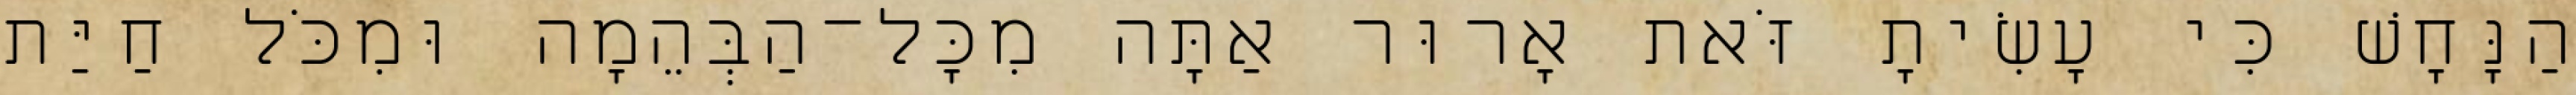
הַנָּחָשׁ כִּי עָשִׂיתָ זֹּאת אָרוּר אַתָּה מִכָּל־הַבְּהֵמָה וּמִכֹּל חַיַּת